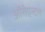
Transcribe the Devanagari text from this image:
ऑरीएन्टल